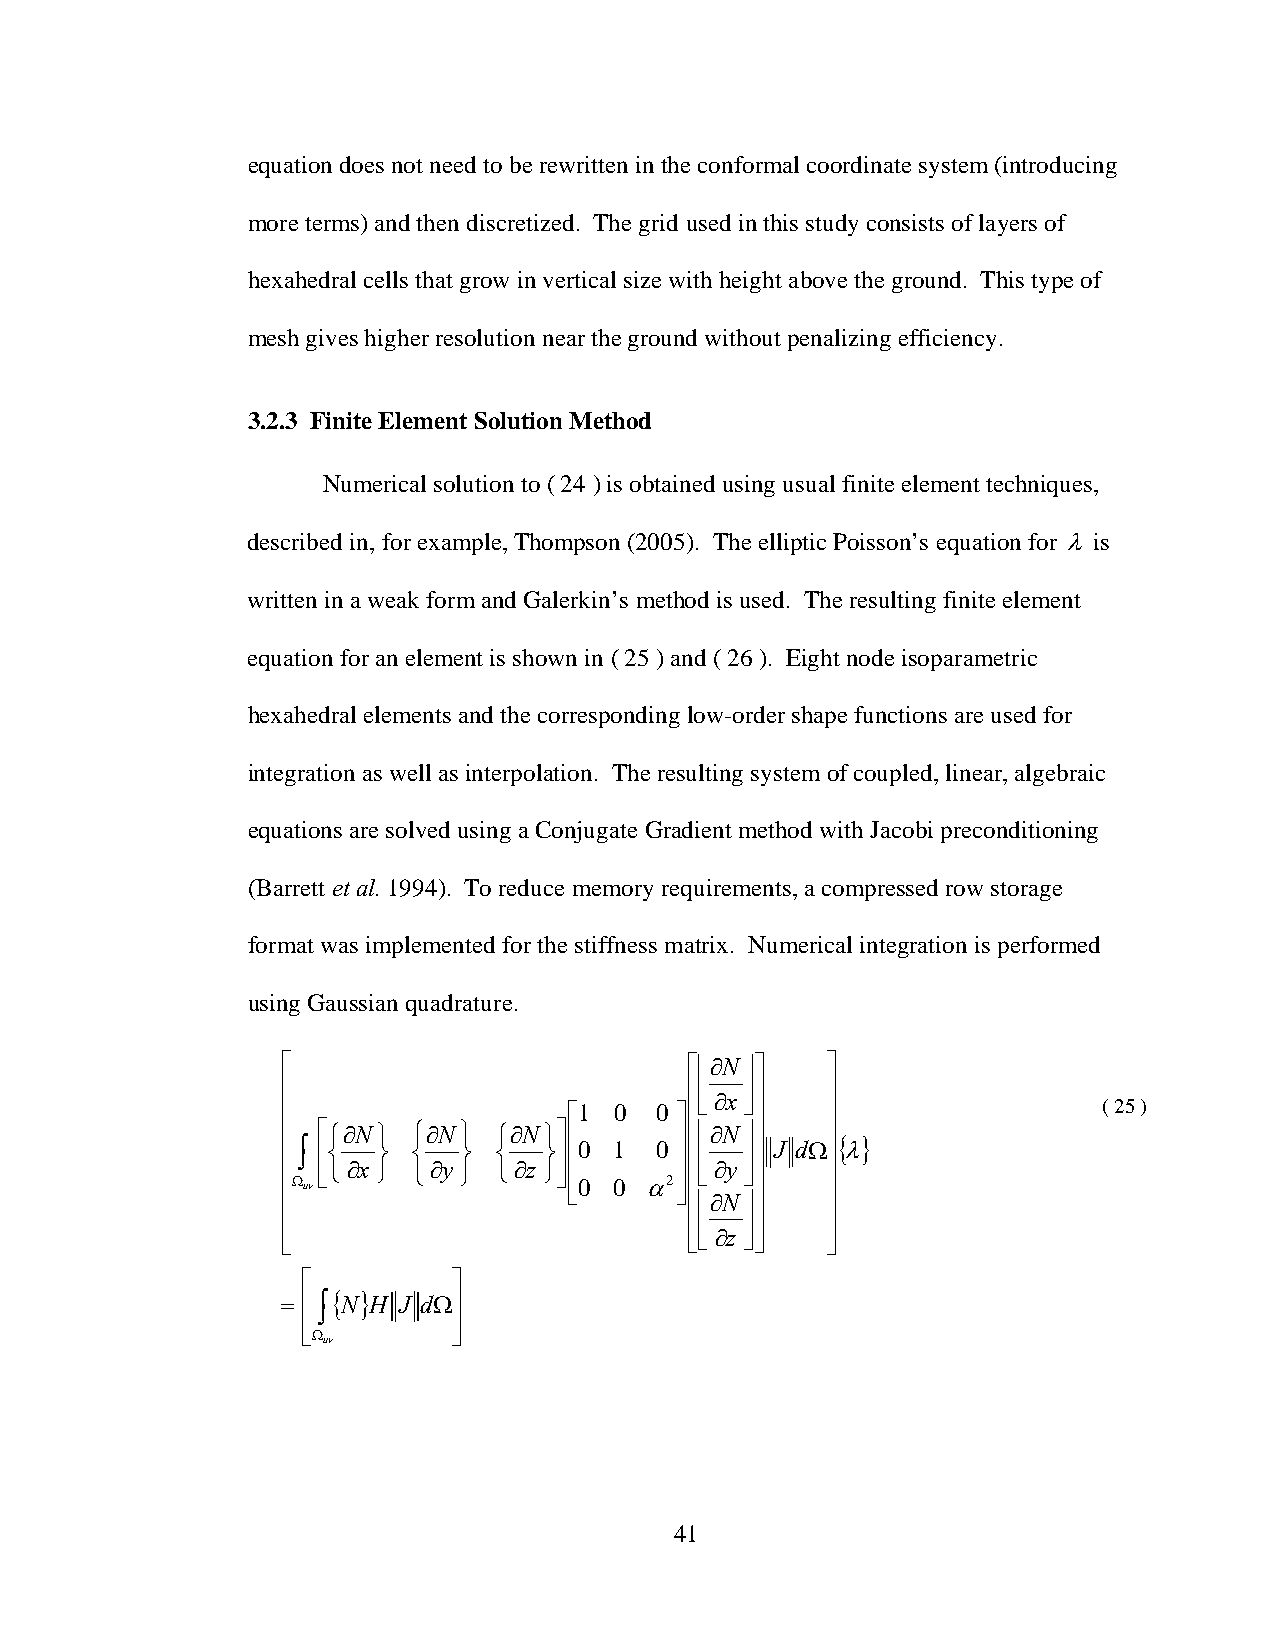
equation does not need to be rewritten in the conformal coordinate system (introducing
 more terms) and then discretized. The grid used in this study consists of layers of
 hexahedral cells that grow in vertical size with height above the ground. This type of
 mesh gives higher resolution near the ground without penalizing efficiency.
 3.2.3 Finite Element Solution Method
 Numerical solution to ( 24 ) is obtained using usual finite element techniques,
 described in, for example, Thompson (2005). The elliptic Poisson’s equation for λ is
 written in a weak form and Galerkin’s method is used. The resulting finite element
 equation for an element is shown in ( 25 ) and ( 26 ). Eight node isoparametric
 hexahedral elements and the corresponding low-order shape functions are used for
 integration as well as interpolation. The resulting system of coupled, linear, algebraic
 equations are solved using a Conjugate Gradient method with Jacobi preconditioning
 (Barrett et al. 1994). To reduce memory requirements, a compressed row storage
 format was implemented for the stiffness matrix. Numerical integration is performed
 using Gaussian quadrature.
 ⎡                          ⎡⎢∂N⎥⎤   ⎤
 ⎢                          ⎢⎢ ⎥⎥    ⎥
 ⎢                  ⎡1 0 0 ⎤⎢⎣∂x ⎦ ⎥ ⎥                 ( 25 )
 ⎢⎢ ∫ ⎢⎡ ⎨⎧∂N ⎬⎫ ⎨⎧∂N ⎬⎫ ⎨⎧∂N ⎬⎫ ⎥⎤ ⎢⎢ 0 1 0 ⎥⎥ ⎢⎢ ⎢⎢∂N ⎥⎥ ⎥⎥ J dΩ ⎥⎥ { λ}
 ⎣⎩∂x ⎭ ⎩∂y ⎭ ⎩∂z ⎭⎦      ⎣∂y ⎦
 ⎢Ω uv              ⎢ ⎣0 0 α2⎥ ⎦⎢ ⎥  ⎥
 ⎢
 ⎢⎢∂N⎥
 ⎥    ⎥
 ⎢ ⎣                        ⎢ ⎣⎢ ⎣ ∂z ⎥ ⎦⎥ ⎦ ⎥ ⎦
 ⎡         ⎤
 = ⎢
 ∫{ N}
 H J dΩ⎥
 ⎢⎣Ω       ⎥⎦
 uv
 41